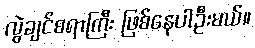
လွဲချင်စရာကြီး ဖြစ်နေပါဦးမယ်။